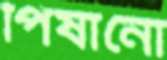
পিষানো